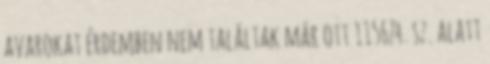
avarokat érdemben nem találtak már ott 115674. sz. alatt